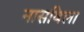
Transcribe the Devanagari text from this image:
नासविला